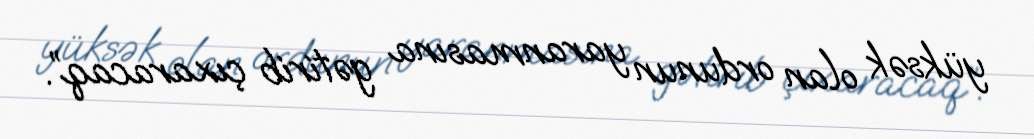
yüksək olan ordunun yaranmasına gətirib çıxaracaq”.